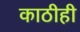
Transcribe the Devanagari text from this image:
काठीही